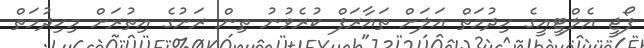
ފޯޖީ އެލްޓީއީގެ ހިދުމަތް އަލަށް ތައާރަފް ކުރެވުނު ތިން ރަށުގެ އިތުރަށް މިހިދުމަތް